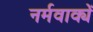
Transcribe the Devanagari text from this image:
नर्मवाक्यें